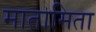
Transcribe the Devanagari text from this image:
मातामिता